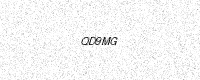
Text: QD9MG